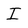
Character: I